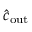
\hat { c } _ { \mathrm { o u t } }